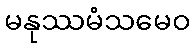
မနုဿမံသမေဝ